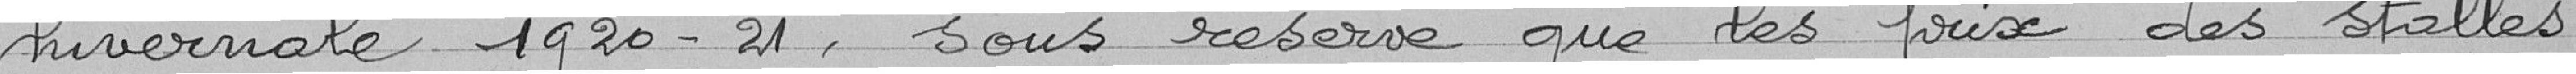
hivernale 1920-21 , sous réserve que les prix des stalles